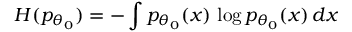
H ( p _ { \theta _ { 0 } } ) = - \int p _ { \theta _ { 0 } } ( x ) \, \log p _ { \theta _ { 0 } } ( x ) \, d x